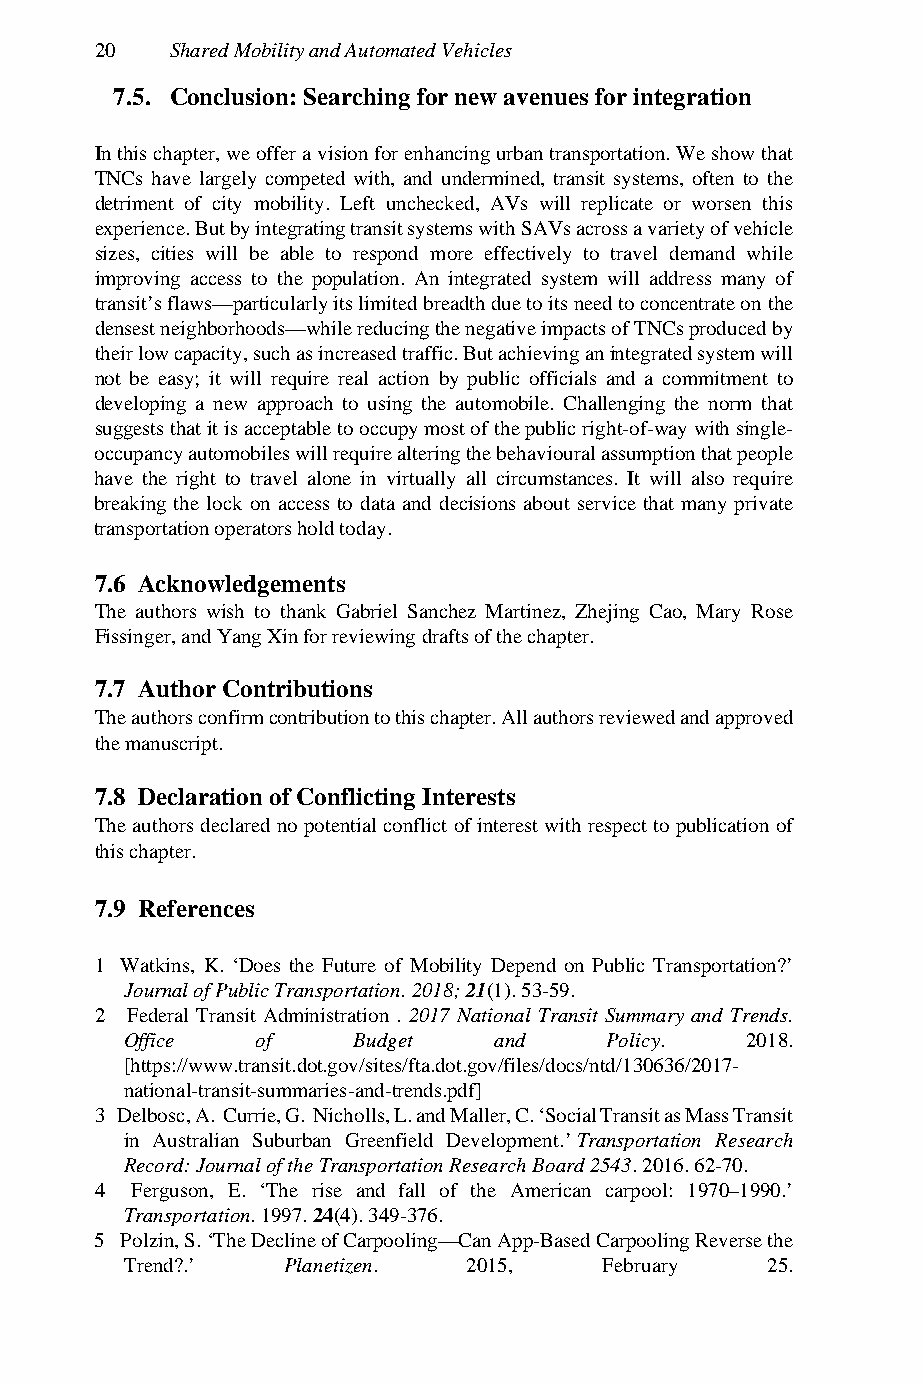
20   Shared Mobility and Automated Vehicles
 7.5. Conclusion: Searching for new avenues for integration
 In this chapter, we offer a vision for enhancing urban transportation. We show that
 TNCs have largely competed with, and undermined, transit systems, often to the
 detriment of city mobility. Left unchecked, AVs will replicate or worsen this
 experience. But by integrating transit systems with SAVs across a variety of vehicle
 sizes, cities will be able to respond more effectively to travel demand while
 improving access to the population. An integrated system will address many of
 transit’s flaws—particularly its limited breadth due to its need to concentrate on the
 densest neighborhoods—while reducing the negative impacts of TNCs produced by
 their low capacity, such as increased traffic. But achieving an integrated system will
 not be easy; it will require real action by public officials and a commitment to
 developing a new approach to using the automobile. Challenging the norm that
 suggests that it is acceptable to occupy most of the public right-of-way with single-
 occupancy automobiles will require altering the behavioural assumption that people
 have the right to travel alone in virtually all circumstances. It will also require
 breaking the lock on access to data and decisions about service that many private
 transportation operators hold today.
 7.6 Acknowledgements
 The authors wish to thank Gabriel Sanchez Martinez, Zhejing Cao, Mary Rose
 Fissinger, and Yang Xin for reviewing drafts of the chapter.
 7.7 Author Contributions
 The authors confirm contribution to this chapter. All authors reviewed and approved
 the manuscript.
 7.8 Declaration of Conflicting Interests
 The authors declared no potential conflict of interest with respect to publication of
 this chapter.
 7.9 References
 1 Watkins, K. ‘Does the Future of Mobility Depend on Public Transportation?’
 Journal of Public Transportation. 2018; 21(1). 53-59.
 2 Federal Transit Administration . 2017 National Transit Summary and Trends.
 Office   of    Budget    and    Policy.  2018.
 [https://www.transit.dot.gov/sites/fta.dot.gov/files/docs/ntd/130636/2017-
 national-transit-summaries-and-trends.pdf]
 3 Delbosc, A. Currie, G. Nicholls, L. and Maller, C. ‘Social Transit as Mass Transit
 in Australian Suburban Greenfield Development.’ Transportation Research
 Record: Journal of the Transportation Research Board 2543. 2016. 62-70.
 4  Ferguson, E. ‘The rise and fall of the American carpool: 1970–1990.’
 Transportation. 1997. 24(4). 349-376.
 5 Polzin, S. ‘The Decline of Carpooling—Can App-Based Carpooling Reverse the
 Trend?.’   Planetizen. 2015,    February   25.